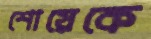
শোয়েকে